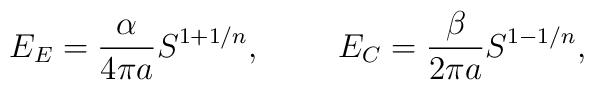
E_E={\alpha\over{4\pi a}}S^{1+1/n},\ \ \ \ \ \ \ E_C={\beta\over{2\pi a}}S^{1-1/n},